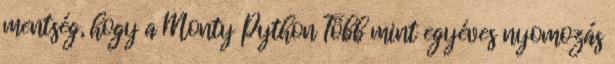
mentség, hogy a Monty Python Több mint egyéves nyomozás